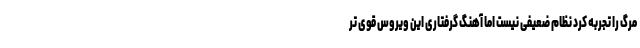
مرگ را تجربه کرد نظام ضعیفی نیست اما آهنگ گرفتاری این ویروس قوی تر